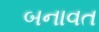
બનાવત